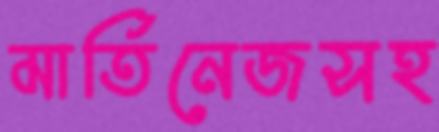
মার্তিনেজসহ